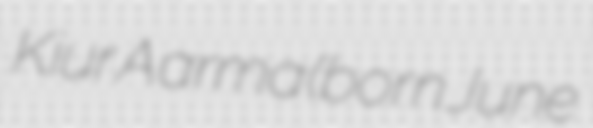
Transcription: Kiur Aarma (born June